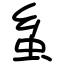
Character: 蚃